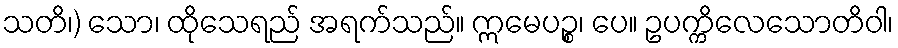
သတိ၊) သော၊ ထိုသေရည် အရက်သည်။ ဣမေပဉ္စ၊ ပေ။ ဥပက္ကိလေသောတိဝါ၊